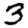
Digit: 3